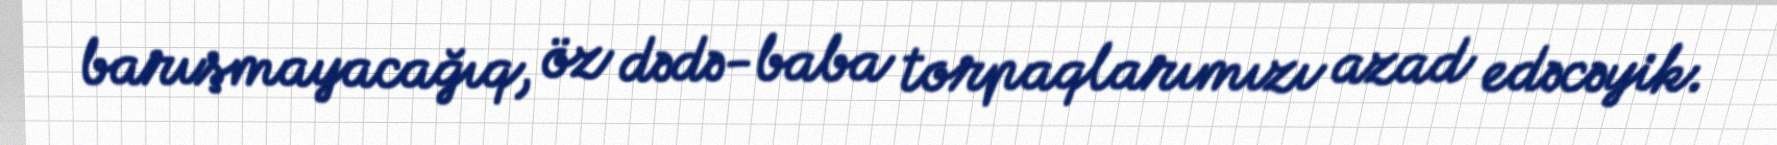
barışmayacağıq, öz dədə-baba torpaqlarımızı azad edəcəyik.